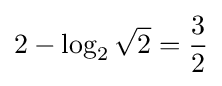
2-\log _{2}{\sqrt {2}}={\frac {3}{2}}